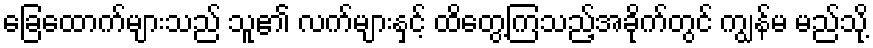
ခြေထောက်များသည် သူ၏ လက်များနှင့် ထိတွေ့ကြသည့်အခိုက်တွင် ကျွန်မ မည်သို့